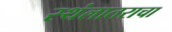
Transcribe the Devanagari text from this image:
स्थंलातराचा